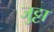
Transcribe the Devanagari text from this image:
जुट्टा